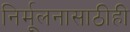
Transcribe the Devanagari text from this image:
निर्मूलनासाठीही